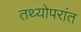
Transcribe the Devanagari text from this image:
तथ्योपरांत